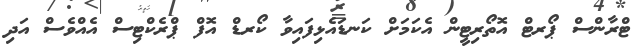
ޓްރާންސް ޕޯރޓް އޮތޯރިޓީން އެކަމަށް ކަނޑައެޅިފައިވާ ކޯރޑް އޮފް ޕްރެކްޓިސް އެެއްވެސް އަދި